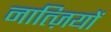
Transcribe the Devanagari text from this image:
नात्ज़ियों